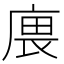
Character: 𢉝